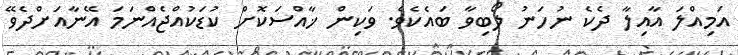
އަމިއްލަ އާއިލާ ދެކެ ނުހަނު ލޯބިވާ ބައެކެވެ. ވަކިން ޚާއްސަކޮށް ކުޑަކުއްޖެއްނަމަ އޭނާއަށްދެވޭ